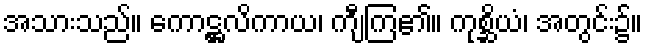
အသားသည်။ ကောဋ္ဌလိကာယ၊ ကျီကြ၏။ ကုစ္ဆိယံ၊ အတွင်း၌။